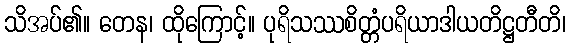
သိအပ်၏။ တေန၊ ထိုကြောင့်။ ပုရိသဿစိတ္တံပရိယာဒါယတိဋ္ဌတီတိ၊